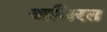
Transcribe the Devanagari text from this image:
अमिरत